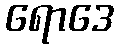
ရောဒေ